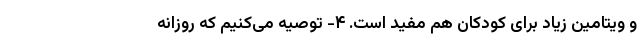
و ویتامین زیاد برای کودکان هم مفید است. ۴- توصیه می‌کنیم که روزانه